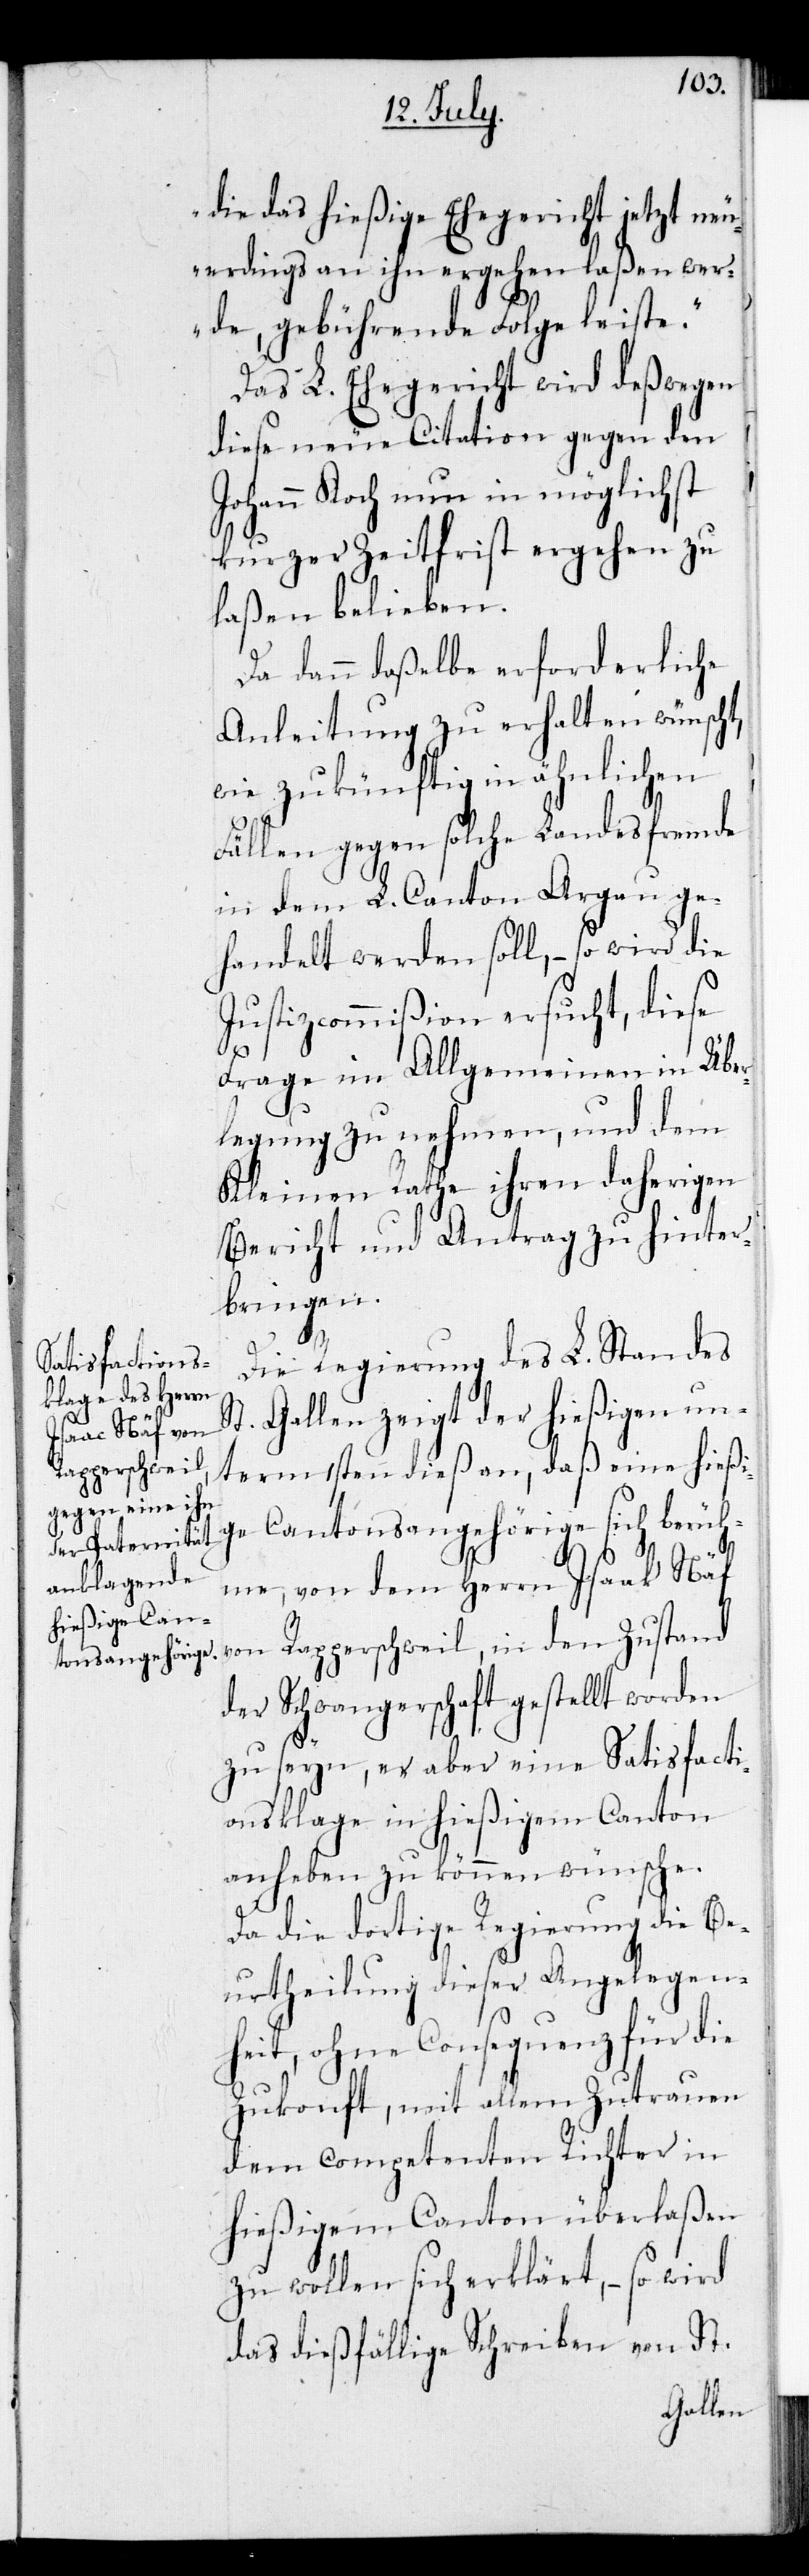
die das hießige Ehegericht jetzt neu¬
erdigns an ihn ergehen laßen wer¬
de, gebührende Folge leiste.“
Das L. Ehegericht wird deßwegen
diese neue Citation gegen den
Johann Koch nun in möglichst
kurzer Zeitfrist ergehen zu
laßen belieben.
Da dann daßelbe erforderliche
Anleitung zu erhalten wünscht,
wie zukünftig in ähnlichen
Fällen gegen solche Landesfremde
in dem L. Canton Argau ge¬
handelt werden soll, – so wird die
Justizcommißion ersucht, diese
Frage im Allgemeinen in Übe¬
rlegung zu nehmen, und dem
Kleinen Rathe ihren daherigen
Bericht und Antrag zu hinter¬
bringen.
Die Regierung des L. Standes
St. Gallen zeigt der hießigen un¬
term 1sten dieß an, daß eine hießi¬
ge Cantonsangehörige sich berüh¬
me, von dem Herrn Isaak Näf
von Rapperschweil, in den Zustand
der Schwangerschaft gestellt worden
zu seyn, er aber eine Satisfacti¬
onsklage in hießigem Canton
anhaben zu können wünsche.
Da die dortige Regierung die Be¬
urtheilung dieser Angelegen¬
heit, ohne Consequenz für die
Zukonft, mit allem Zutrauen
dem competenten Richter in
hießigem Canton überlaßen
zu wollen sich erklärt, – so wird
das dießfällige Schreiben von St.